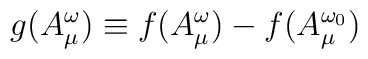
g(A^{\omega}_{\mu})\equiv f(A^{\omega}_{\mu})- f(A^{\omega_{0}}_{\mu})